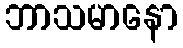
ဘာသမာနော